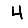
Digit: 4